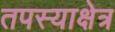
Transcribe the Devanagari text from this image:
तपस्याक्षेत्र